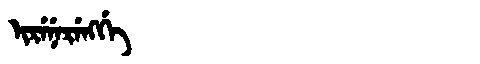
Manchu: ᡳᡵᡝᠨᡝᡵᡝᠩᡤᡝ
Romanization: IRENERENGGE